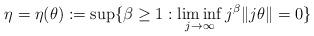
LaTeX: \begin{align*}\eta=\eta(\theta):=\sup\{\beta\geq 1: \liminf_{j\to\infty} j^\beta\|j\theta\|=0\}\end{align*}